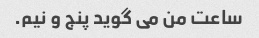
ساعت من می گوید پنج و نیم.